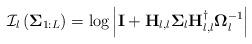
LaTeX: \begin{align*}\mathcal{I}_{l}\left(\mathbf{\Sigma}_{1:L}\right)=\textrm{log}\left|\mathbf{I}+\mathbf{H}_{l,l}\mathbf{\Sigma}_{l}\mathbf{H}_{l,l}^{\dagger}\mathbf{\Omega}_{l}^{-1}\right|\end{align*}